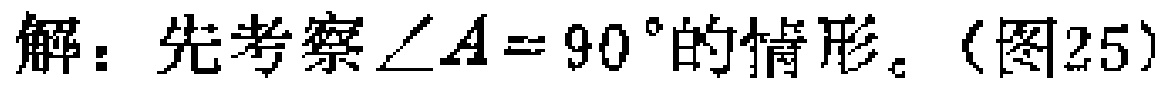
解：先考察$\angle A = 90^{\circ}$的情形。（图25）